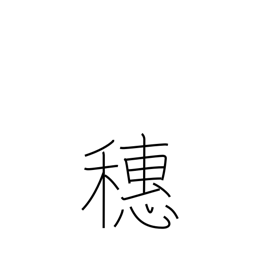
Meaning: crest (of wave)